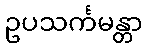
ဥပသင်္ကမန္တာ